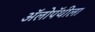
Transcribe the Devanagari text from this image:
अॅलोपॅथीला